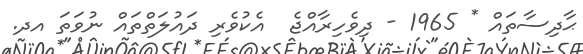
ޙާދިސާތައް * 1965 - ދިވެހިރާއްޖެ  އެކުވެރި ދައުލަތްތައް ނުވަތަ އދ.